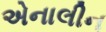
એનાલીન